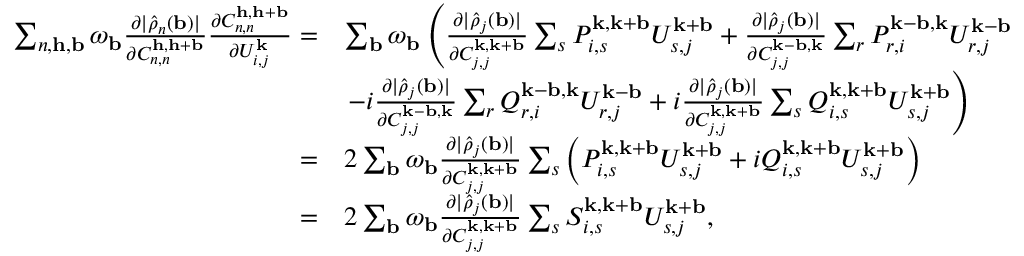
\begin{array} { r l } { \sum _ { n , \mathbf { h } , \mathbf { b } } \omega _ { \mathbf { b } } \frac { \partial | \hat { \rho } _ { n } ( \mathbf { b } ) | } { \partial C _ { n , n } ^ { \mathbf { h } , \mathbf { h } + \mathbf { b } } } \frac { \partial C _ { n , n } ^ { \mathbf { h } , \mathbf { h } + \mathbf { b } } } { \partial U _ { i , j } ^ { \mathbf { k } } } = } & { \sum _ { \mathbf { b } } \omega _ { \mathbf { b } } \left( \frac { \partial | \hat { \rho } _ { j } ( \mathbf { b } ) | } { \partial C _ { j , j } ^ { \mathbf { k } , \mathbf { k } + \mathbf { b } } } \sum _ { s } P _ { i , s } ^ { \mathbf { k } , \mathbf { k } + \mathbf { b } } U _ { s , j } ^ { \mathbf { k } + \mathbf { b } } + \frac { \partial | \hat { \rho } _ { j } ( \mathbf { b } ) | } { \partial C _ { j , j } ^ { \mathbf { k } - \mathbf { b } , \mathbf { k } } } \sum _ { r } P _ { r , i } ^ { \mathbf { k } - \mathbf { b } , \mathbf { k } } U _ { r , j } ^ { \mathbf { k } - \mathbf { b } } \right. } \\ & { \left. - i \frac { \partial | \hat { \rho } _ { j } ( \mathbf { b } ) | } { \partial C _ { j , j } ^ { \mathbf { k } - \mathbf { b } , \mathbf { k } } } \sum _ { r } Q _ { r , i } ^ { \mathbf { k } - \mathbf { b } , \mathbf { k } } U _ { r , j } ^ { \mathbf { k } - \mathbf { b } } + i \frac { \partial | \hat { \rho } _ { j } ( \mathbf { b } ) | } { \partial C _ { j , j } ^ { \mathbf { k } , \mathbf { k } + \mathbf { b } } } \sum _ { s } Q _ { i , s } ^ { \mathbf { k } , \mathbf { k } + \mathbf { b } } U _ { s , j } ^ { \mathbf { k } + \mathbf { b } } \right) } \\ { = } & { 2 \sum _ { \mathbf { b } } \omega _ { \mathbf { b } } \frac { \partial | \hat { \rho } _ { j } ( \mathbf { b } ) | } { \partial C _ { j , j } ^ { \mathbf { k } , \mathbf { k } + \mathbf { b } } } \sum _ { s } \left( P _ { i , s } ^ { \mathbf { k } , \mathbf { k } + \mathbf { b } } U _ { s , j } ^ { \mathbf { k } + \mathbf { b } } + i Q _ { i , s } ^ { \mathbf { k } , \mathbf { k } + \mathbf { b } } U _ { s , j } ^ { \mathbf { k } + \mathbf { b } } \right) } \\ { = } & { 2 \sum _ { \mathbf { b } } \omega _ { \mathbf { b } } \frac { \partial | \hat { \rho } _ { j } ( \mathbf { b } ) | } { \partial C _ { j , j } ^ { \mathbf { k } , \mathbf { k } + \mathbf { b } } } \sum _ { s } S _ { i , s } ^ { \mathbf { k } , \mathbf { k } + \mathbf { b } } U _ { s , j } ^ { \mathbf { k } + \mathbf { b } } , } \end{array}